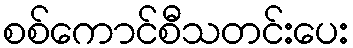
စစ်ကောင်စီသတင်းပေး